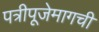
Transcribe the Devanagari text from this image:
पत्रीपूजेमागची